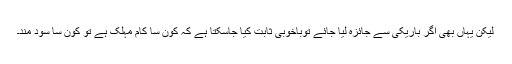
لیکن یہاں بھی اگر باریکی سے جائزہ لیا جائے توباخوبی ثابت کیا جاسکتا ہے کہ کون سا کام مہلک ہے تو کون سا سود مند۔